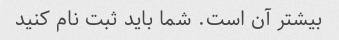
بیشتر آن است. شما باید ثبت نام کنید